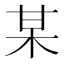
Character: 某